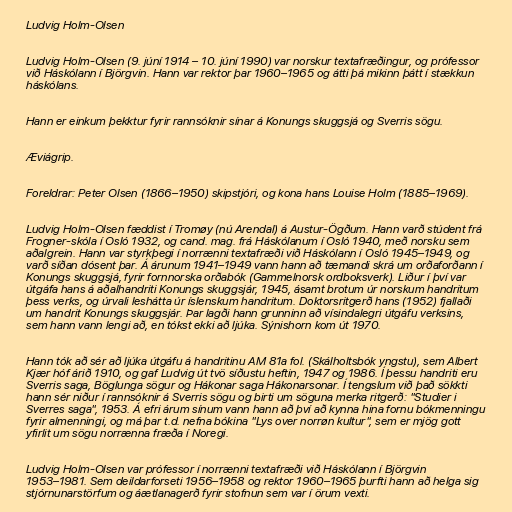
Ludvig Holm-Olsen

Ludvig Holm-Olsen (9. júní 1914 – 10. júní 1990) var norskur textafræðingur, og prófessor
við Háskólann í Björgvin. Hann var rektor þar 1960–1965 og átti þá mikinn þátt í stækkun
háskólans.

Hann er einkum þekktur fyrir rannsóknir sínar á Konungs skuggsjá og Sverris sögu.

Æviágrip.

Foreldrar: Peter Olsen (1866–1950) skipstjóri, og kona hans Louise Holm (1885–1969).

Ludvig Holm-Olsen fæddist í Tromøy (nú Arendal) á Austur-Ögðum. Hann varð stúdent frá
Frogner-skóla í Osló 1932, og cand. mag. frá Háskólanum í Osló 1940, með norsku sem
aðalgrein. Hann var styrkþegi í norrænni textafræði við Háskólann í Osló 1945–1949, og
varð síðan dósent þar. Á árunum 1941–1949 vann hann að tæmandi skrá um orðaforðann í
Konungs skuggsjá, fyrir fornnorska orðabók (Gammelnorsk ordboksverk). Liður í því var
útgáfa hans á aðalhandriti Konungs skuggsjár, 1945, ásamt brotum úr norskum handritum
þess verks, og úrvali leshátta úr íslenskum handritum. Doktorsritgerð hans (1952) fjallaði
um handrit Konungs skuggsjár. Þar lagði hann grunninn að vísindalegri útgáfu verksins,
sem hann vann lengi að, en tókst ekki að ljúka. Sýnishorn kom út 1970.

Hann tók að sér að ljúka útgáfu á handritinu AM 81a fol. (Skálholtsbók yngstu), sem Albert
Kjær hóf árið 1910, og gaf Ludvig út tvö síðustu heftin, 1947 og 1986. Í þessu handriti eru
Sverris saga, Böglunga sögur og Hákonar saga Hákonarsonar. Í tengslum við það sökkti
hann sér niður í rannsóknir á Sverris sögu og birti um söguna merka ritgerð: "Studier i
Sverres saga", 1953. Á efri árum sínum vann hann að því að kynna hina fornu bókmenningu
fyrir almenningi, og má þar t.d. nefna bókina "Lys over norrøn kultur", sem er mjög gott
yfirlit um sögu norrænna fræða í Noregi.

Ludvig Holm-Olsen var prófessor í norrænni textafræði við Háskólann í Björgvin
1953–1981. Sem deildarforseti 1956–1958 og rektor 1960–1965 þurfti hann að helga sig
stjórnunarstörfum og áætlanagerð fyrir stofnun sem var í örum vexti.